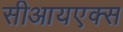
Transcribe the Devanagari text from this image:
सीआयएक्स